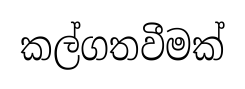
කල්ගතවීමක්